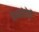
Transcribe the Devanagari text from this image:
बैअर्सडोर्फ